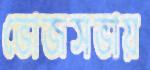
ভোজসভায়